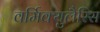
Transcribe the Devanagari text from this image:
वर्मिक्युलैरिस